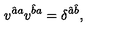
v ^ { \hat { a } a } v ^ { \hat { b } a } = \delta ^ { \hat { a } \hat { b } } ,